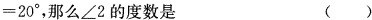
= 2 0 °$$ ，那么∠2的度数是 ( )